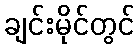
ချင်းမိုင်တွင်